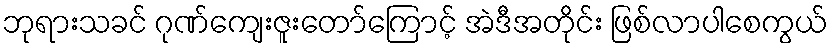
ဘုရားသခင် ဂုဏ်ကျေးဇူးတော်ကြောင့် အဲဒီအတိုင်း ဖြစ်လာပါစေကွယ်